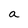
Character: a